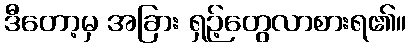
ဒီတော့မှ အခြား ရှဉ့်တွေလာစားရ၏။